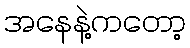
အနေနဲ့ကတော့